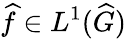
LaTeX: {\widehat{f}}\in L^{1}({\widehat{G}})